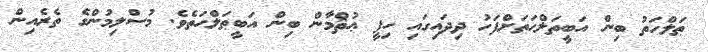
ޠަލްހަތު ބިން އަބީތަލްޙަތަށްފަހު ދިދައިގައި ހިފީ ޢުޘްމާން ބިން އަބީޠަލްޙަތެވެ. މުސްލިމުންގެ ތެރެއިން